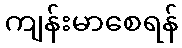
ကျန်းမာစေရန်